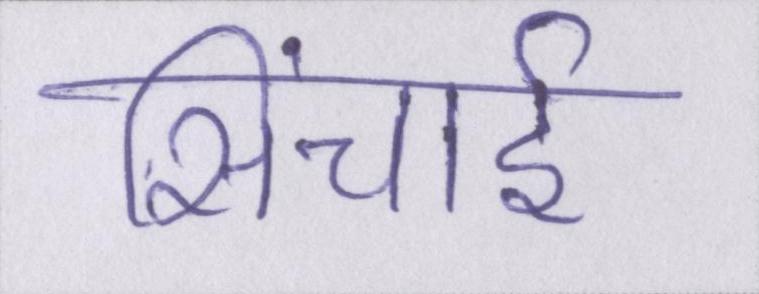
सिंचाई